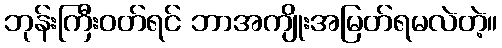
ဘုန်းကြီးဝတ်ရင် ဘာအကျိုးအမြတ်ရမလဲတဲ့။